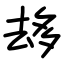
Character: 𠫾